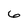
Character: 6